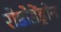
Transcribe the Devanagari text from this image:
रोडोडेंड्रोन